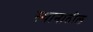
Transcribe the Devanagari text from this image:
स्थानातील